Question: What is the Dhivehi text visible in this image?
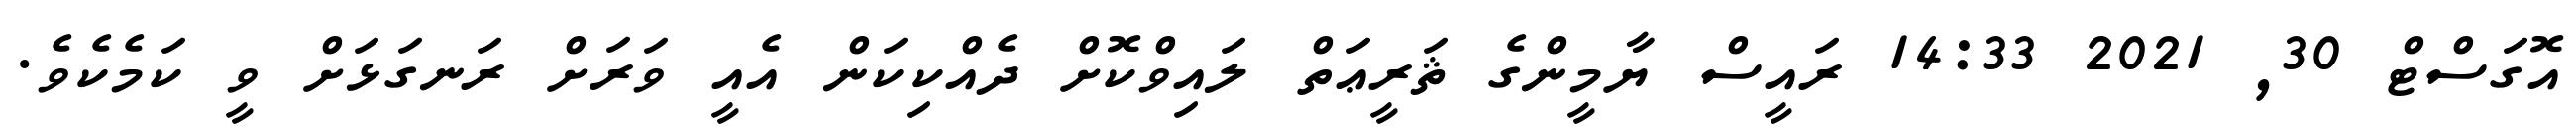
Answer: އޮގަސްޓް 30, 2021 14:33 ރައީސް ޔާމީންގެ ޘަރީޢަތް ލައިވްކޮށް ދެއްކިކަން އެއީ ވަރަށް ރަނގަޅަށް ވީ ކަމެކެވެ.